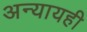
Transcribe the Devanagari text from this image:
अन्यायही